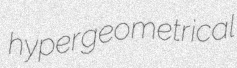
hypergeometrical